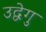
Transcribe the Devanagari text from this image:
उद्वेगु